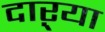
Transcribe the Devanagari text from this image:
दाऱ्या